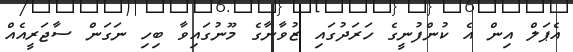
އެޕަލް އިން އެ ކުންފުނީގެ ހަރަދުގައި ޒުވާނާގެ މޫނުގައިވާ ބިހި ނަގަން ސާޖަރީއެއް